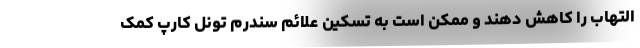
التهاب را کاهش دهند و ممکن است به تسکین علائم سندرم تونل کارپ کمک